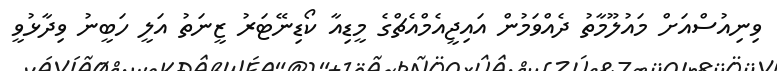
ވިނިއުސްއަށް މައުލޫމާތު ދެއްވަމުން އައިޖީއެމްއެޗްގެ މީޑިއާ ކޯޑިނޭޓަރު ޒީނަތު އަލީ ހަބީނު ވިދާޅުވީ